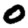
Digit: 0